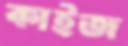
কাইজ